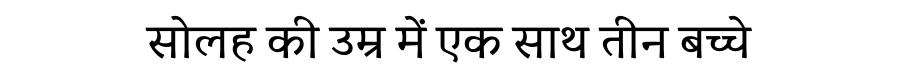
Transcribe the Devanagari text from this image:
सोलह की उम्र में एक साथ तीन बच्चे